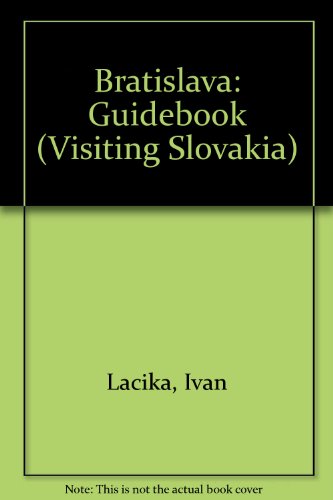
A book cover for Bratislava: Guidebook (Visiting Slovakia); Jan Lacika; Travel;